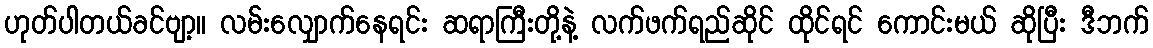
ဟုတ်ပါတယ်ခင်ဗျာ့။ လမ်းလျှောက်နေရင်း ဆရာကြီးတို့နဲ့ လက်ဖက်ရည်ဆိုင် ထိုင်ရင် ကောင်းမယ် ဆိုပြီး ဒီဘက်